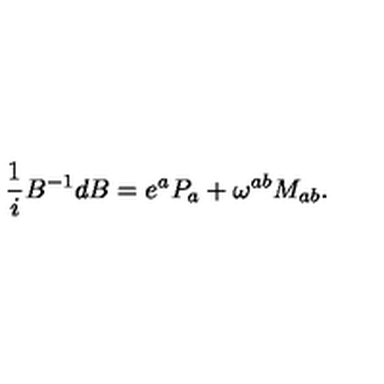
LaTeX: { \frac { 1 } { i } } B ^ { - 1 } d B = e ^ { a } P _ { a } + \omega ^ { a b } M _ { a b } .